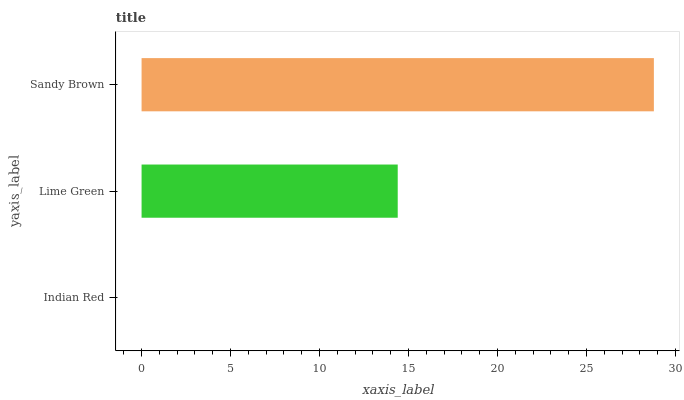
| yaxis_label | bars |
 | --- | --- |
 | Indian Red | 0 |
 | Lime Green | 14.4 |
 | Sandy Brown | 28.8 |